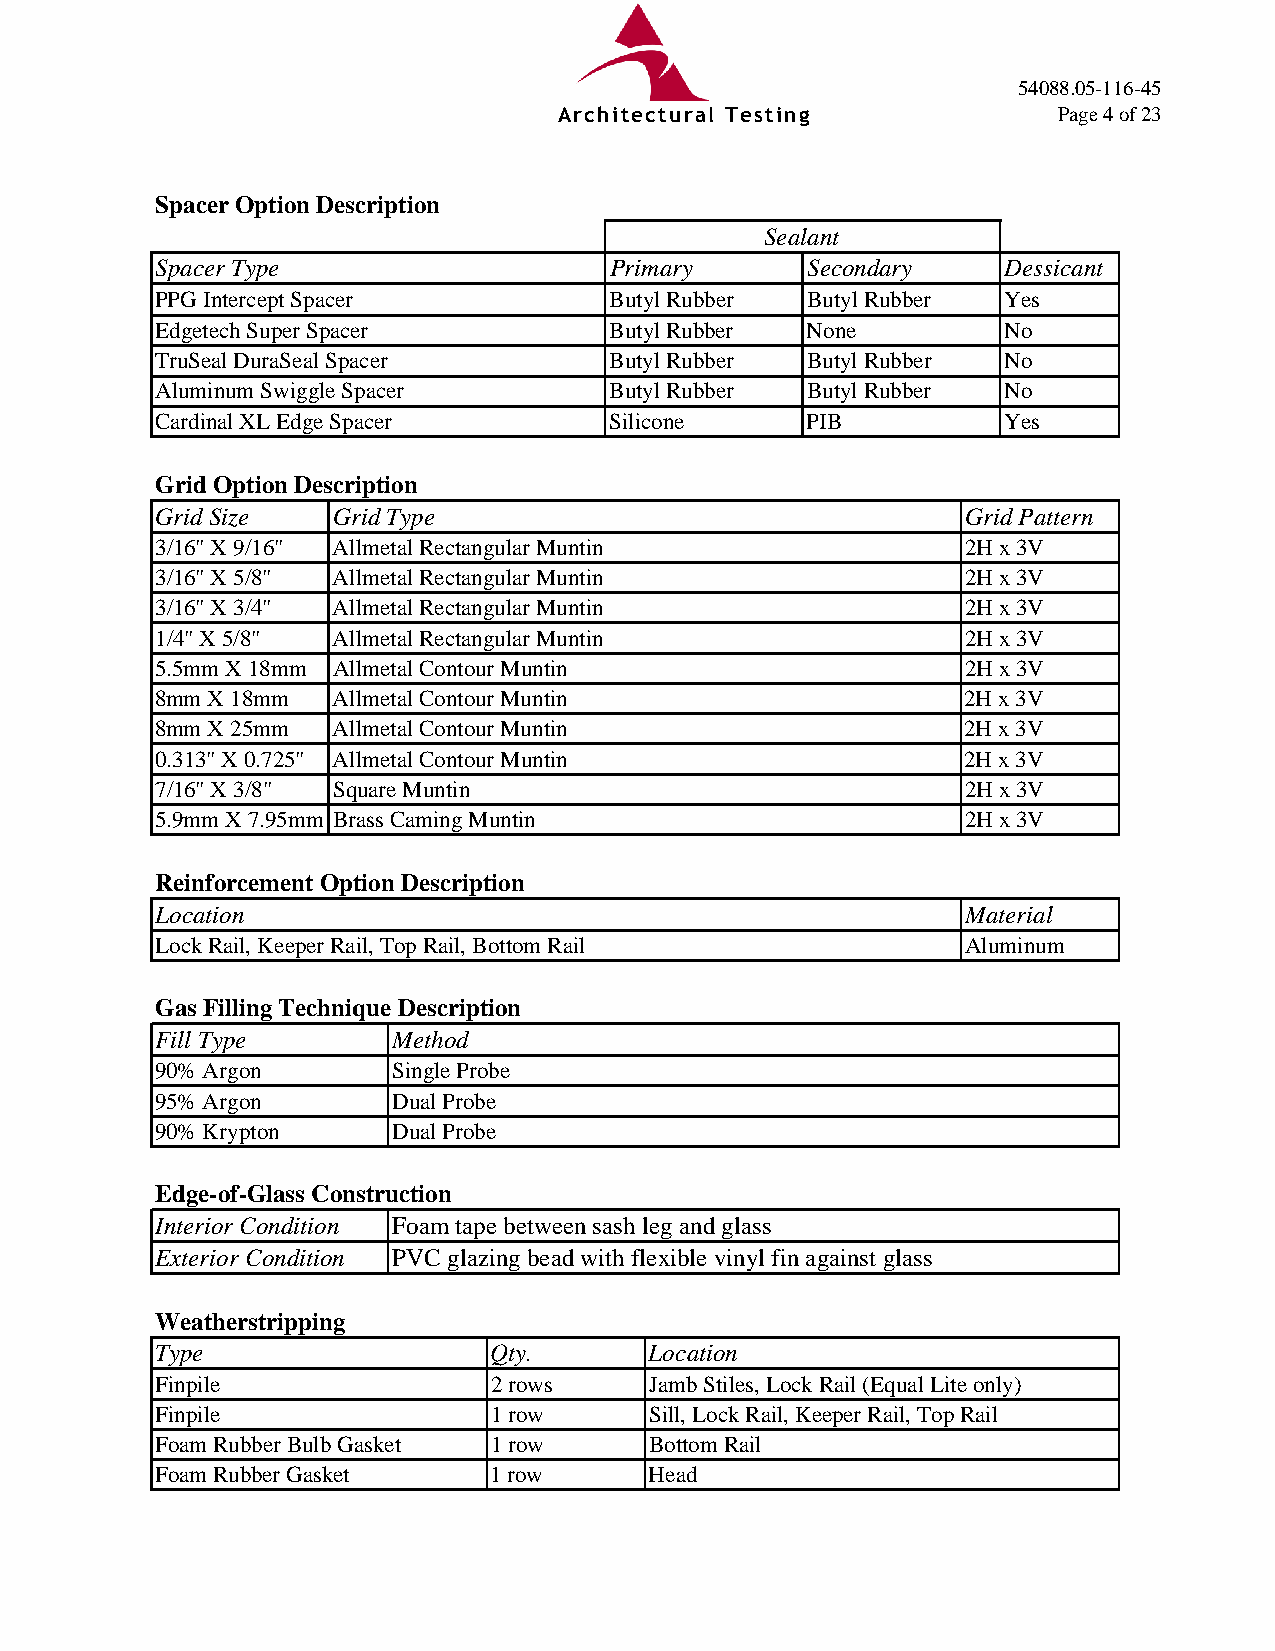
54088.05-116-45
 Architectural Testing            Page 4 of 23
 Spacer Option Description
 Sealant
 Spacer Type                   Primary      Secondary     Dessicant
 PPG Intercept Spacer          Butyl Rubber Butyl Rubber Yes
 Edgetech Super Spacer         Butyl Rubber None         No
 TruSeal DuraSeal Spacer       Butyl Rubber Butyl Rubber No
 Aluminum Swiggle Spacer       Butyl Rubber Butyl Rubber No
 Cardinal XL Edge Spacer       Silicone     PIB          Yes
 Grid Option Description
 Grid Size   Grid Type                                 Grid Pattern
 3/16" X 9/16" Allmetal Rectangular Muntin             2H x 3V
 3/16" X 5/8" Allmetal Rectangular Muntin              2H x 3V
 3/16" X 3/4" Allmetal Rectangular Muntin              2H x 3V
 1/4" X 5/8" Allmetal Rectangular Muntin               2H x 3V
 5.5mm X 18mm Allmetal Contour Muntin                  2H x 3V
 8mm X 18mm  Allmetal Contour Muntin                   2H x 3V
 8mm X 25mm  Allmetal Contour Muntin                   2H x 3V
 0.313" X 0.725" Allmetal Contour Muntin               2H x 3V
 7/16" X 3/8" Square Muntin                            2H x 3V
 5.9mm X 7.95mm Brass Caming Muntin                    2H x 3V
 Reinforcement Option Description
 Location                                              Material
 Lock Rail, Keeper Rail, Top Rail, Bottom Rail         Aluminum
 Gas Filling Technique Description
 Fill Type       Method
 90% Argon       Single Probe
 95% Argon       Dual Probe
 90% Krypton     Dual Probe
 Edge-of-Glass Construction
 Interior Condition Foam tape between sash leg and glass
 Exterior Condition PVC glazing bead with flexible vinyl fin against glass
 Weatherstripping
 Type                   Qty.      Location
 Finpile               2 rows     Jamb Stiles, Lock Rail (Equal Lite only)
 Finpile               1 row      Sill, Lock Rail, Keeper Rail, Top Rail
 Foam Rubber Bulb Gasket 1 row    Bottom Rail
 Foam Rubber Gasket    1 row      Head